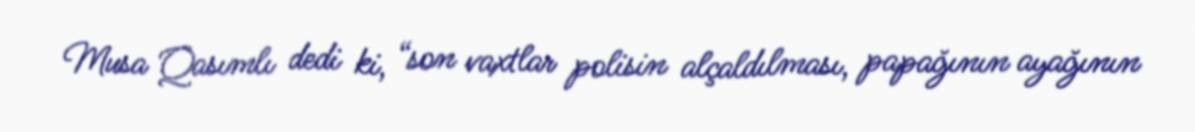
Musa Qasımlı dedi ki, “son vaxtlar polisin alçaldılması, papağının ayağının